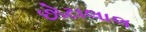
છોટાલાલ